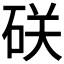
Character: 𥒆